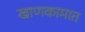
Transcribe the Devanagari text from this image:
खाणकामात